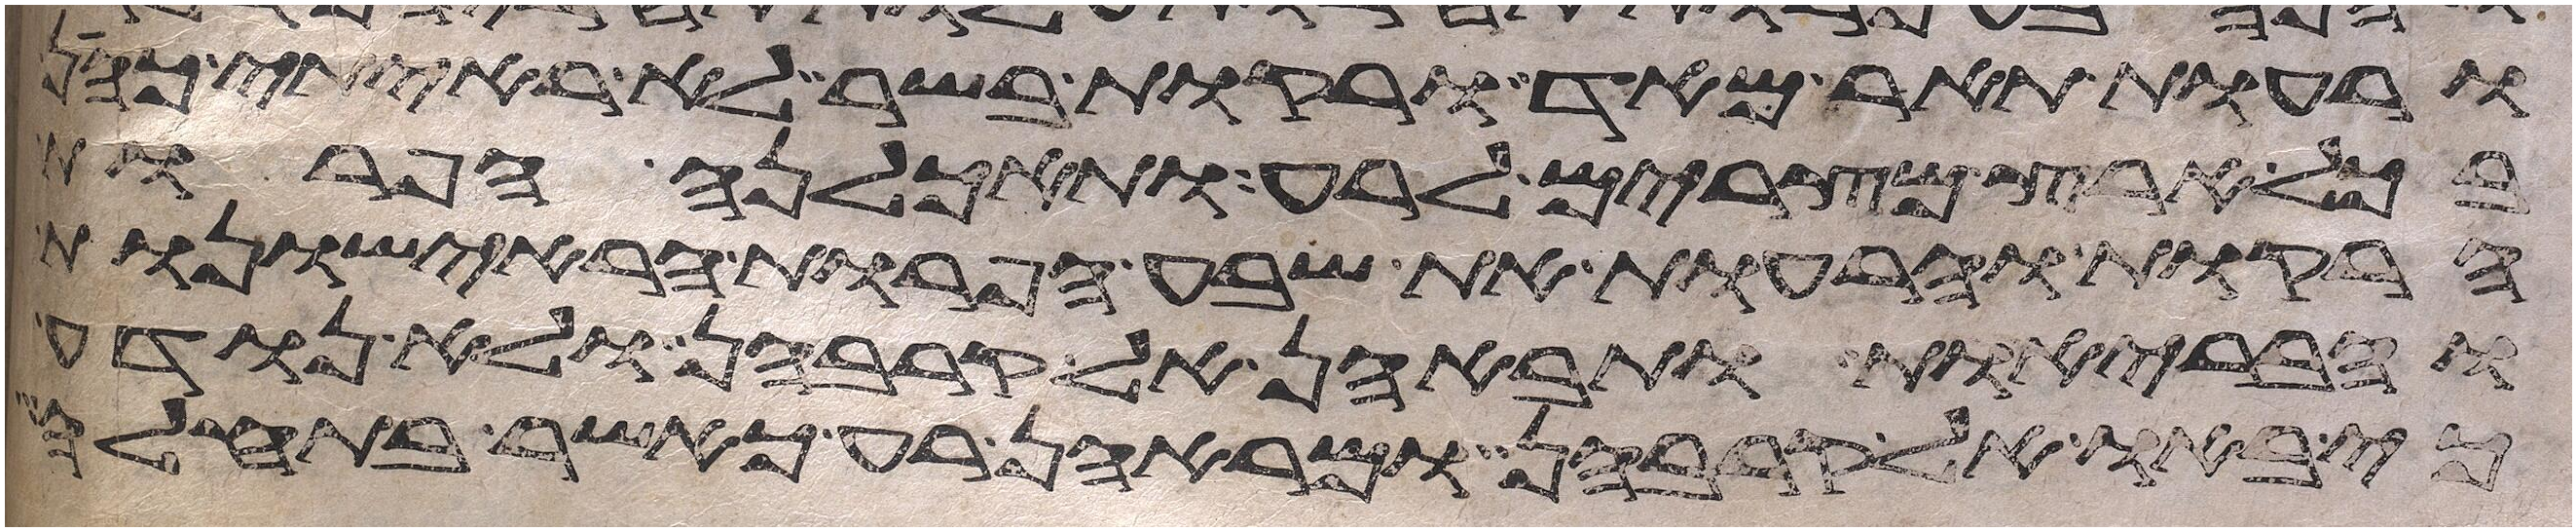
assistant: ורעות תאר מאד ורקות בשר לא ראיתי כהן
בכל ארץ מצרים לרע ותאכלנה הפרות
הרקות והרעות את שבע הפרות הראישונות
והבריות ותבאנה אל קרבהן ולא נודע
כי באו אל קרבהן ומראהן רע כאשר בתחלה